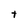
Character: T